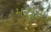
મથૂરા